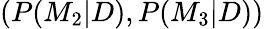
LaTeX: (P(M_{2}|D),P(M_{3}|D))